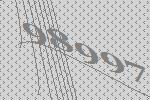
98997